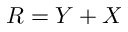
R = Y + X